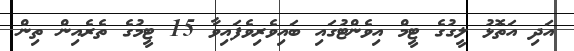
އަދި އަތޮޅު ލީގުގެ ޓީމް އިވެންޓުގައި ބައިވެރިވެފައިވާ 15 ޓީމުގެ ތެރެއިން ތިން